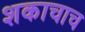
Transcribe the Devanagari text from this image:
शकाचाच